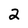
Character: 2